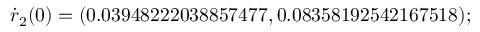
\dot { \boldsymbol { r } } _ { 2 } ( 0 ) = ( 0 . 0 3 9 4 8 2 2 2 0 3 8 8 5 7 4 7 7 , 0 . 0 8 3 5 8 1 9 2 5 4 2 1 6 7 5 1 8 ) ;